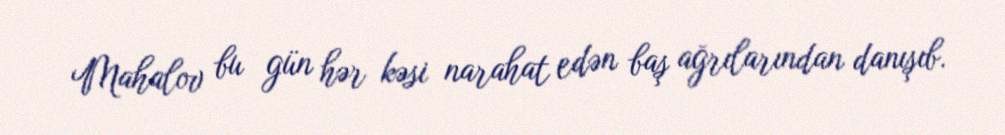
Mahalov bu gün hər kəsi narahat edən baş ağrılarından danışıb.